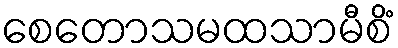
စေတောသမထသာမီစိံ